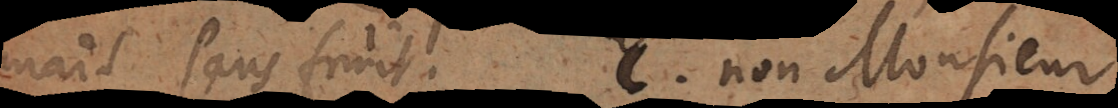
mais sans fruit. E. Non, Monsieur,